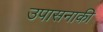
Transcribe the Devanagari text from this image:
उपासनाकी